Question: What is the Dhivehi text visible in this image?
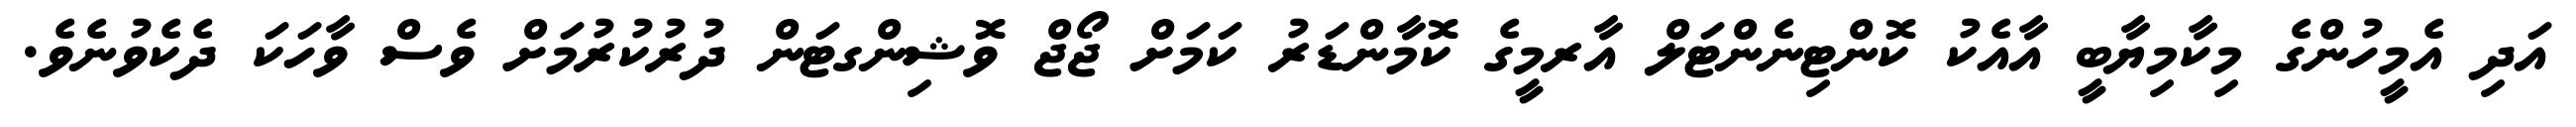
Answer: އަދި އެމީހުންގެ މިކާމިޔާބީ އާއެކު ކޮންޓިނެންޓަލް އާރމީގެ ކޮމާންޑަރު ކަމަށް ޖޯޖް ވޮޝިންގޓަން ދުރުކުރުމަށް ވެސް ވާހަކަ ދެކެވުނެވެ.